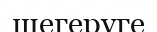
шегеруге